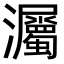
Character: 灟